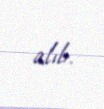
alıb.